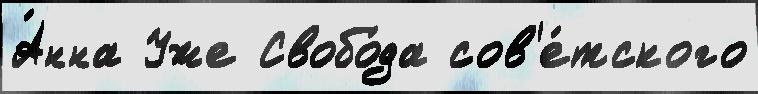
А́нна Уже Свобо́да сов'е́тского